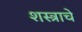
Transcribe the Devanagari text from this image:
शस्त्राचे